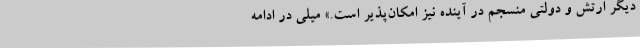
دیگر ارتش و دولتی منسجم در آینده نیز امکان‌پذیر است.» میلی در ادامه